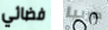
فضائي صربيا